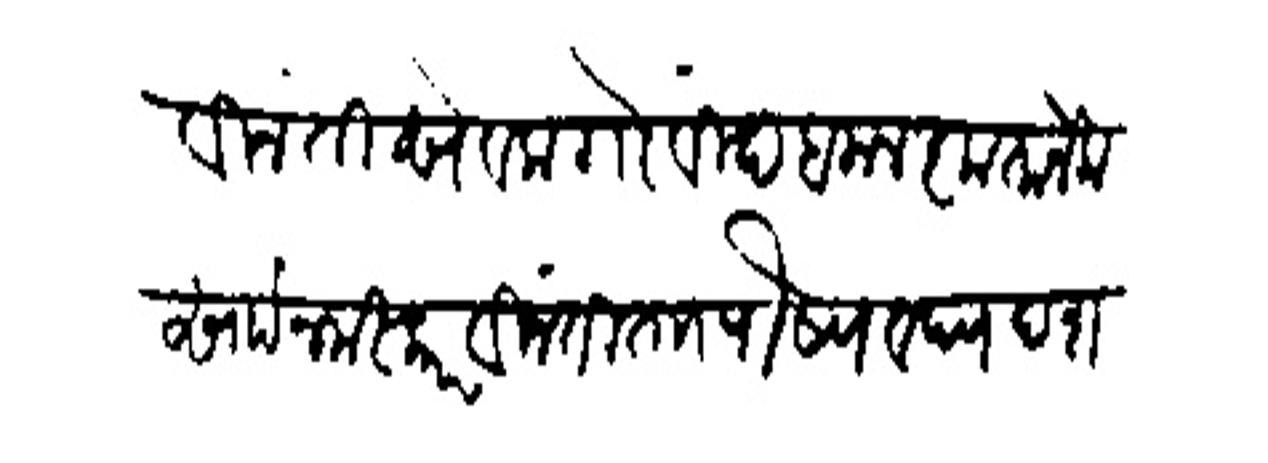
Transliteration (Devanagari): विनंती सेवक गोविंद बलाल कृतानेक साां नमस्कार विनंती ताा पौष्य वद दशमी